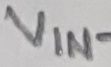
Text: VIN